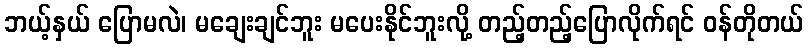
ဘယ့်နှယ် ပြောမလဲ၊ မချေးချင်ဘူး မပေးနိုင်ဘူးလို့ တည့်တည့်ပြောလိုက်ရင် ဝန်တိုတယ်